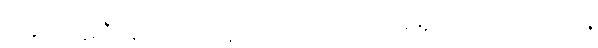
အခုလို တူညီနေတာကြောင့်လည်း အရင်က ကမိုအို အာလဗာဟာ လရဲ့